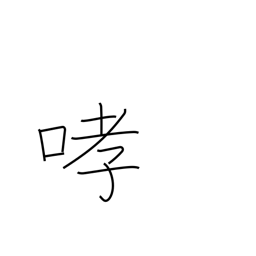
Meaning: growl